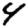
Digit: 4